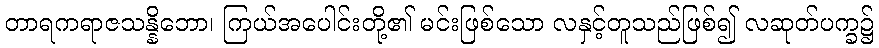
တာရကရာဇသန္နိဘော၊ ကြယ်အပေါင်းတို့၏ မင်းဖြစ်သော လနှင့်တူသည်ဖြစ်၍ လဆုတ်ပက္ခ၌